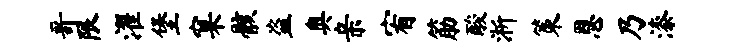
哥限濯堡窠骸盗奥亲宥筋酸淅策恩乃漆